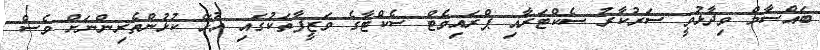
ބައްސާމް ވިދާޅުވީ ސަރުކާރު ސެކްޓަރާއި ޕްރައިވެޓް ސެކްޓާގެ ވަޒީފާތަކުގައި އުޅޭ ކުޅުންތެރިންނަށް ވެސް